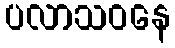
ပလာသဝနေ